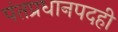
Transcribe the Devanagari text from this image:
पंतप्रधानपदही